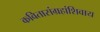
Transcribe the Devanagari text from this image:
कवितासंग्रहांशिवाय